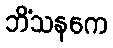
ဘိံသနကေ